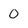
Character: 0